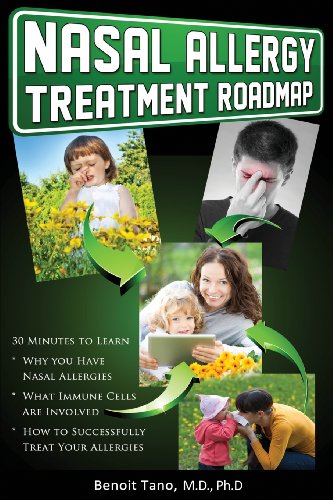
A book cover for Nasal Allergy Treatment Roadmap: 30 minutes to learn: why you have allergies, what immnue cells are involved, and how to sucessfully treat your allergies (The Treatment Roadmap Series); Dr Benoit Tano MD PhD; Health, Fitness & Dieting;